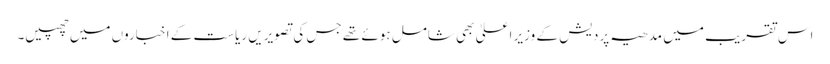
اس تقریب میں مدھیہ پردیش کے وزیر اعلیٰ بھی شامل ہوئے تھے جس کی تصویریں ریاست کے اخباروں میں چھپیں۔